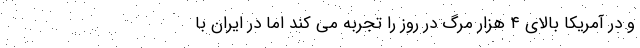
و در آمریکا بالای ۴ هزار مرگ در روز را تجربه می کند اما در ایران با